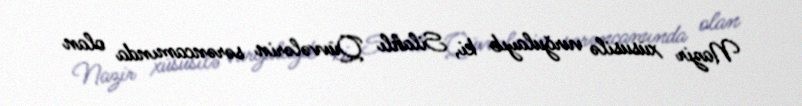
Nazir xüsusilə vurğulayıb ki, Silahlı Qüvvələrin sərəncamında olan